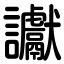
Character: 讞